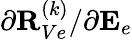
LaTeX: {\partial{\mathbf R}_{Ve}^{(k)}}/{\partial{\mathbf E}_{e}}